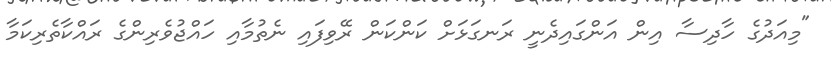
"މިއަދުގެ ހާދިސާ އިން އަންގައިދެނީ ރަނގަޅަށް ކަންކަން ރޭވިފައި ނެތުމާއި ހައްޖުވެރިންގެ ރައްކާތެރިކަމާ